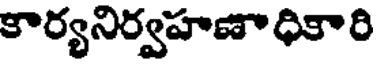
కార్యనిర్వహణాధికారి